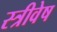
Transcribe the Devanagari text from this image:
स्त्रीवेष